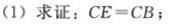
(1)求证：$$CE=CB$$；